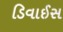
ડિવાઈસ